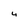
Character: 4